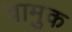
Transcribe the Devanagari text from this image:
वामुक